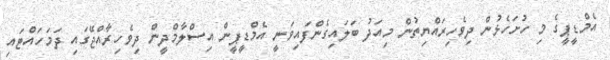
އެމްޑީޕީގެ މި ހުށަހެޅުން ދިވެހިރައްޔިތުން މިއަދު ބަލައިގެންފައިވަނީ އެމްޑީޕީން އިސްލާމްދީން ދިވެހިރާއްޖޭގައި ދަމަހައްޓައި